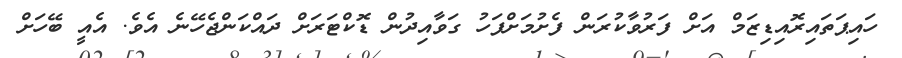
ހައިޕަތައިރޮއިޑިޒަމް އަށް ފަރުވާކުރަން ފެށުމަށްފަހު ގަވާއިދުން ޑޮކްޓަރަށް ދައްކަންޖެހޭނެ އެވެ. އެއީ ބޭހަށް